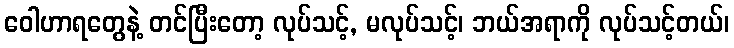
ဝေါဟာရတွေနဲ့ တင်ပြီးတော့ လုပ်သင့်, မလုပ်သင့်၊ ဘယ်အရာကို လုပ်သင့်တယ်၊